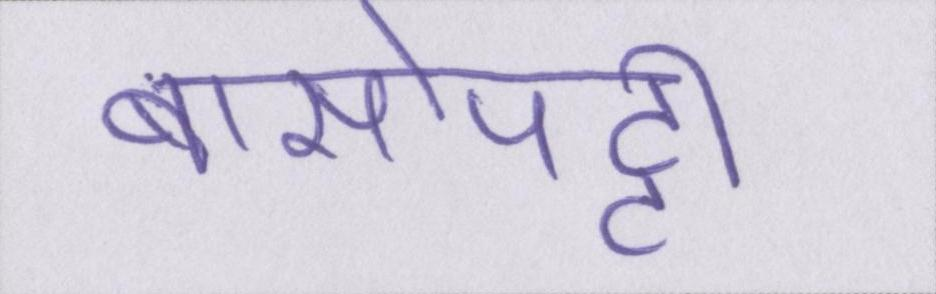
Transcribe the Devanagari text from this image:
बासोपट्टी